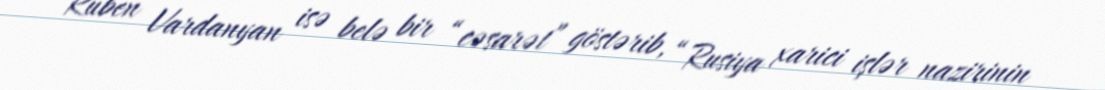
Ruben Vardanyan isə belə bir “cəsarət” göstərib, “Rusiya xarici işlər nazirinin